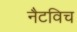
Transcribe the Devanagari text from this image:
नैटविच